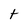
Character: t